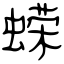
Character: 蝾